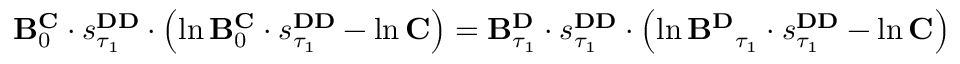
\begin{array} { r } { \mathbf { B } _ { 0 } ^ { \mathbf { C } } \cdot s _ { \tau _ { 1 } } ^ { \mathbf { D D } } \cdot \left( \ln \mathbf { B } _ { 0 } ^ { \mathbf { C } } \cdot s _ { \tau _ { 1 } } ^ { \mathbf { D D } } - \ln \mathbf { C } \right) = \mathbf { B } _ { \tau _ { 1 } } ^ { \mathbf { D } } \cdot s _ { \tau _ { 1 } } ^ { \mathbf { D D } } \cdot \left( \ln \mathbf { B ^ { \mathbf { D } } } _ { \tau _ { 1 } } \cdot s _ { \tau _ { 1 } } ^ { \mathbf { D D } } - \ln \mathbf { C } \right) } \end{array}